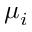
\mu _ { i }